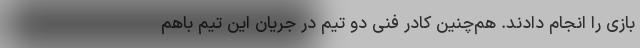
بازی را انجام دادند. هم‌چنین کادر فنی دو تیم در جریان این تیم باهم